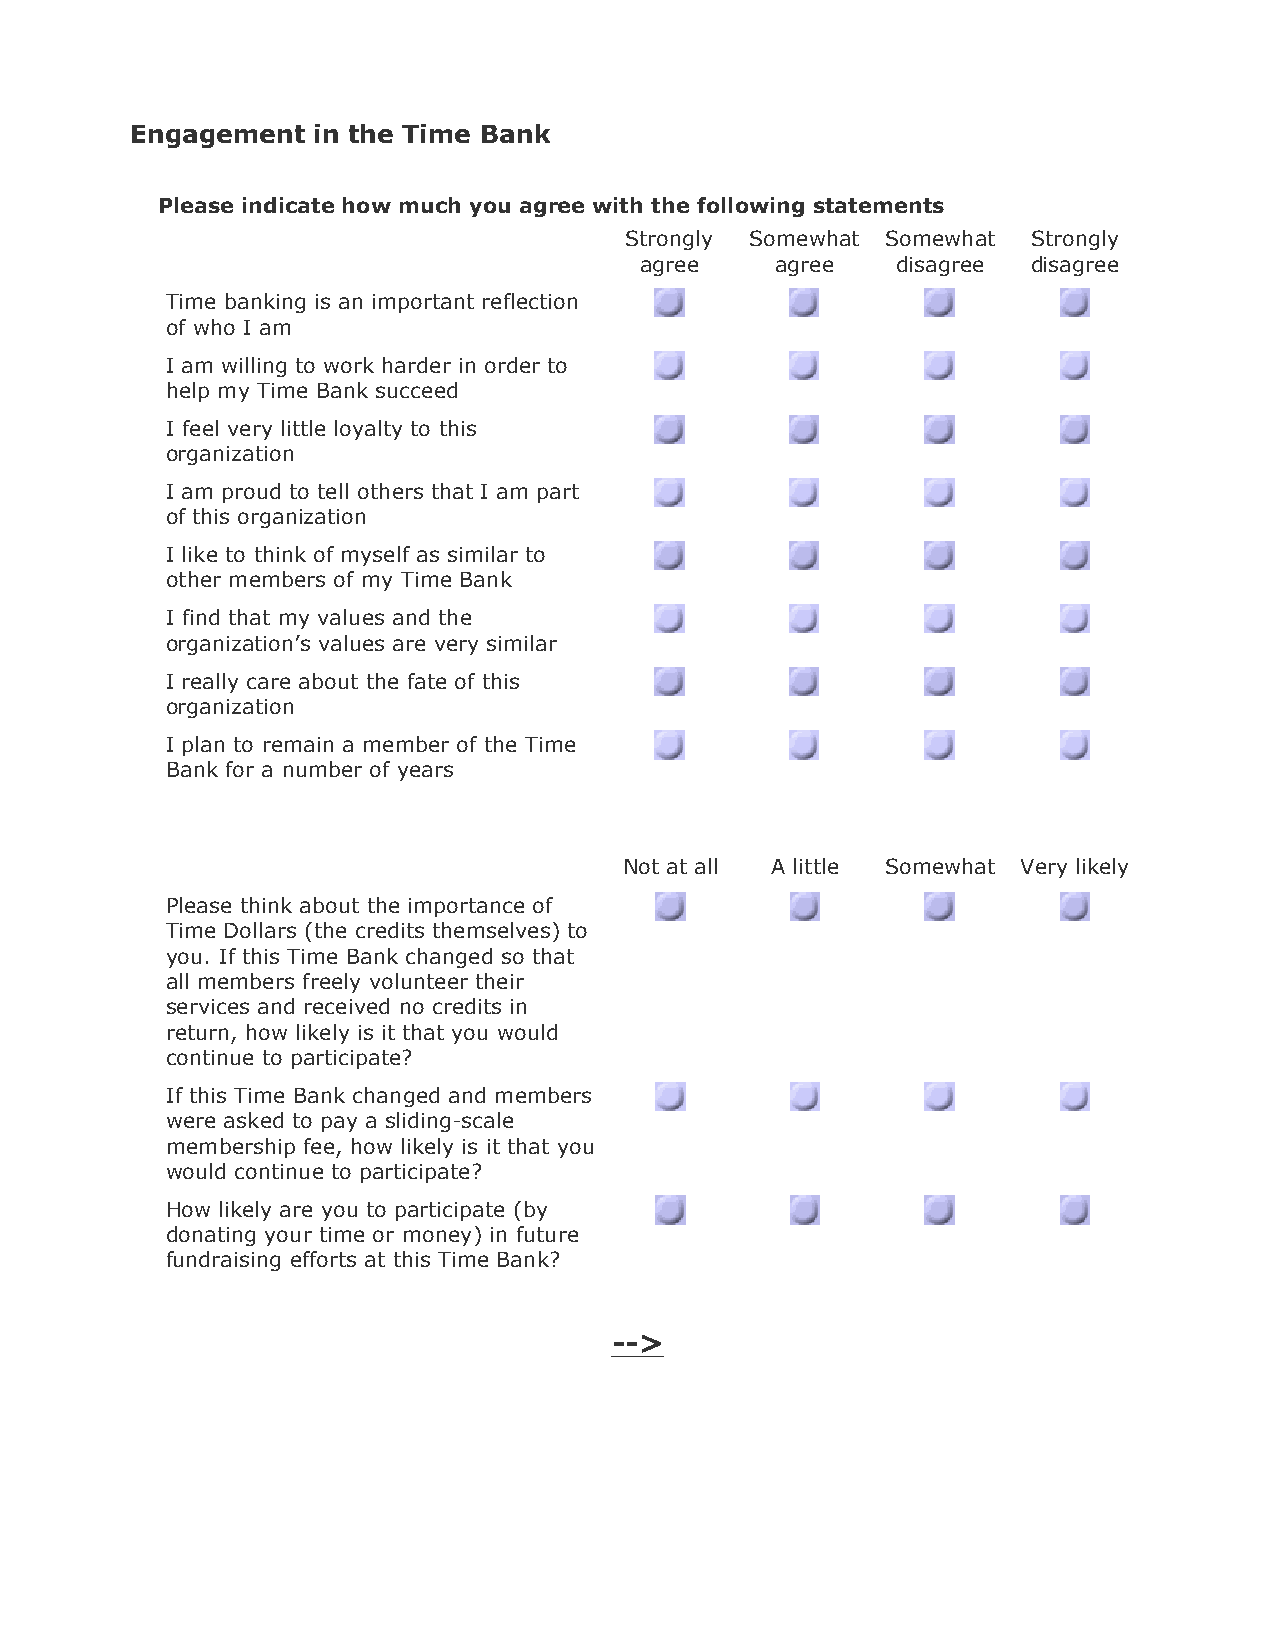
Engagement  in the Time Bank
 Please indicate how much you agree with the following statements
 Strongly Somewhat Somewhat Strongly
 agree    agree   disagree disagree
 Time banking is an important reflection
 of who I am
 I am willing to work harder in order to
 help my Time Bank succeed
 I feel very little loyalty to this
 organization
 I am proud to tell others that I am part
 of this organization
 I like to think of myself as similar to
 other members of my Time Bank
 I find that my values and the
 organization’s values are very similar
 I really care about the fate of this
 organization
 I plan to remain a member of the Time
 Bank for a number of years
 Not at all A little Somewhat Very likely
 Please think about the importance of
 Time Dollars (the credits themselves) to
 you. If this Time Bank changed so that
 all members freely volunteer their
 services and received no credits in
 return, how likely is it that you would
 continue to participate?
 If this Time Bank changed and members
 were asked to pay a sliding-scale
 membership fee, how likely is it that you
 would continue to participate?
 How likely are you to participate (by
 donating your time or money) in future
 fundraising efforts at this Time Bank?
 -->